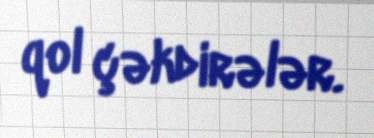
qol çəkdirələr.